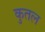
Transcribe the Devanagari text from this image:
कुतल